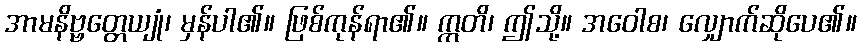
အာမနိဗ္ဗတ္တေယျုံ၊ မှန်ပါ၏။ ဖြစ်ကုန်ရာ၏။ ဣတိ၊ ဤသို့။ အဝေါစ၊ လျှောက်ဆိုပေ၏။